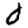
Digit: 0